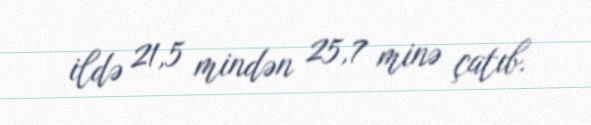
ildə 21,5 mindən 25,7 minə çatıb.